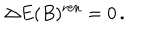
\Delta E ( B ) ^ { \mathrm { r e n } } = 0 \, .